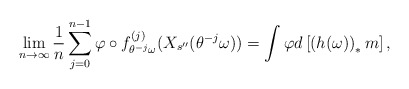
\begin{align*}\lim _{n\to \infty} \frac{1}{n} \sum ^{n-1} _{j=0} \varphi \circ f_{\theta ^{-j} \omega} ^{(j)} (X_{s^{\prime \prime}}(\theta ^{-j}\omega)) = \int \varphi d\left[ \left( h(\omega) \right) _* m\right] ,\end{align*}